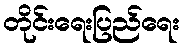
တိုင်းရေးပြည်ရေး